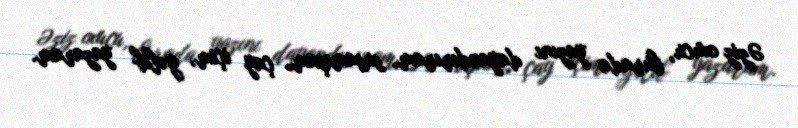
Əziz oxucu, burada yazını dayandırıram, susamışam, çay içim, gəlib yazaram.